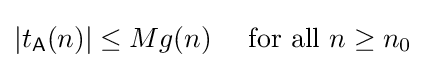
|t_{\mathsf {A}}(n)|\leq Mg(n)\quad {\text{ for all }}n\geq n_{0}